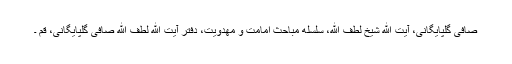
صافی گلپایگانی، آیت الله شیخ لطف اللّه، سلسله مباحث امامت و مهدویت، دفتر آیت الله لطف الله صافی گلپایگانی، قم ۔